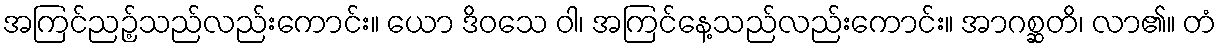
အကြင်ညဉ့်သည်လည်းကောင်း။ ယော ဒိဝသေ ဝါ၊ အကြင်နေ့သည်လည်းကောင်း။ အာဂစ္ဆတိ၊ လာ၏။ တံ